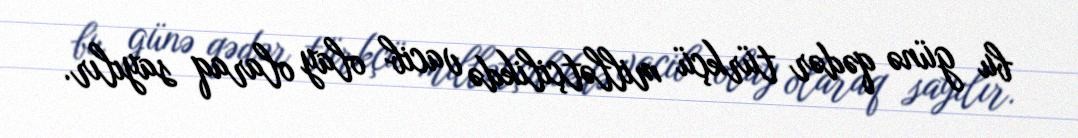
bu günə qədər türkçü millətçilikdə vacib olay olaraq sayılır.